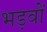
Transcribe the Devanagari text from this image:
भड़वों